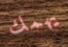
يهمك